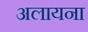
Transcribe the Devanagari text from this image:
अलायना